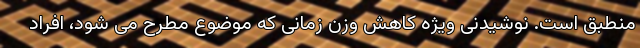
منطبق است. نوشیدنی ویژه کاهش وزن زمانی که موضوع مطرح می شود، افراد